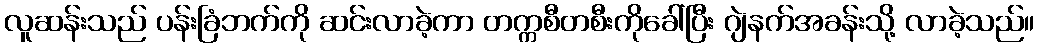
လူဆန်းသည် ပန်းခြံဘက်ကို ဆင်းလာခဲ့ကာ တက္ကစီတစီးကိုခေါ်ပြီး ဂျဲနက်အခန်းသို့ လာခဲ့သည်။